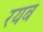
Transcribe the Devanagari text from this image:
रयब